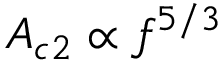
A _ { c 2 } \propto f ^ { 5 / 3 }